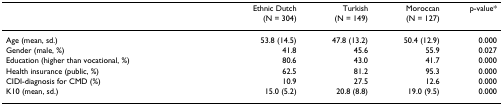
<table><thead><tr><td></td><td><b>Ethnic Dutch(N = 304)</b></td><td><b>Turkish(N = 149)</b></td><td><b>Moroccan(N = 127)</b></td><td><b>p-value*</b></td></tr></thead><tbody><tr><td>Age (mean, sd.)</td><td>53.8 (14.5)</td><td>47.8 (13.2)</td><td>50.4 (12.9)</td><td>0.000</td></tr><tr><td>Gender (male, %)</td><td>41.8</td><td>45.6</td><td>55.9</td><td>0.027</td></tr><tr><td>Education (higher than vocational, %)</td><td>80.6</td><td>43.0</td><td>41.7</td><td>0.000</td></tr><tr><td>Health insurance (public, %)</td><td>62.5</td><td>81.2</td><td>95.3</td><td>0.000</td></tr><tr><td>CIDI-diagnosis for CMD (%)</td><td>10.9</td><td>27.5</td><td>12.6</td><td>0.000</td></tr><tr><td>K10 (mean, sd.)</td><td>15.0 (5.2)</td><td>20.8 (8.8)</td><td>19.0 (9.5)</td><td>0.000</td></tr></tbody></table>